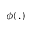
\phi ( . )